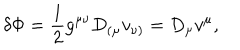
\delta \Phi = \frac { 1 } { 2 } g ^ { \mu \nu } D _ { ( \mu } v _ { \nu ) } = D _ { \mu } v ^ { \mu } ,